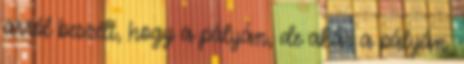
arról beszélt, hogy a pályán, de akár a pályán.